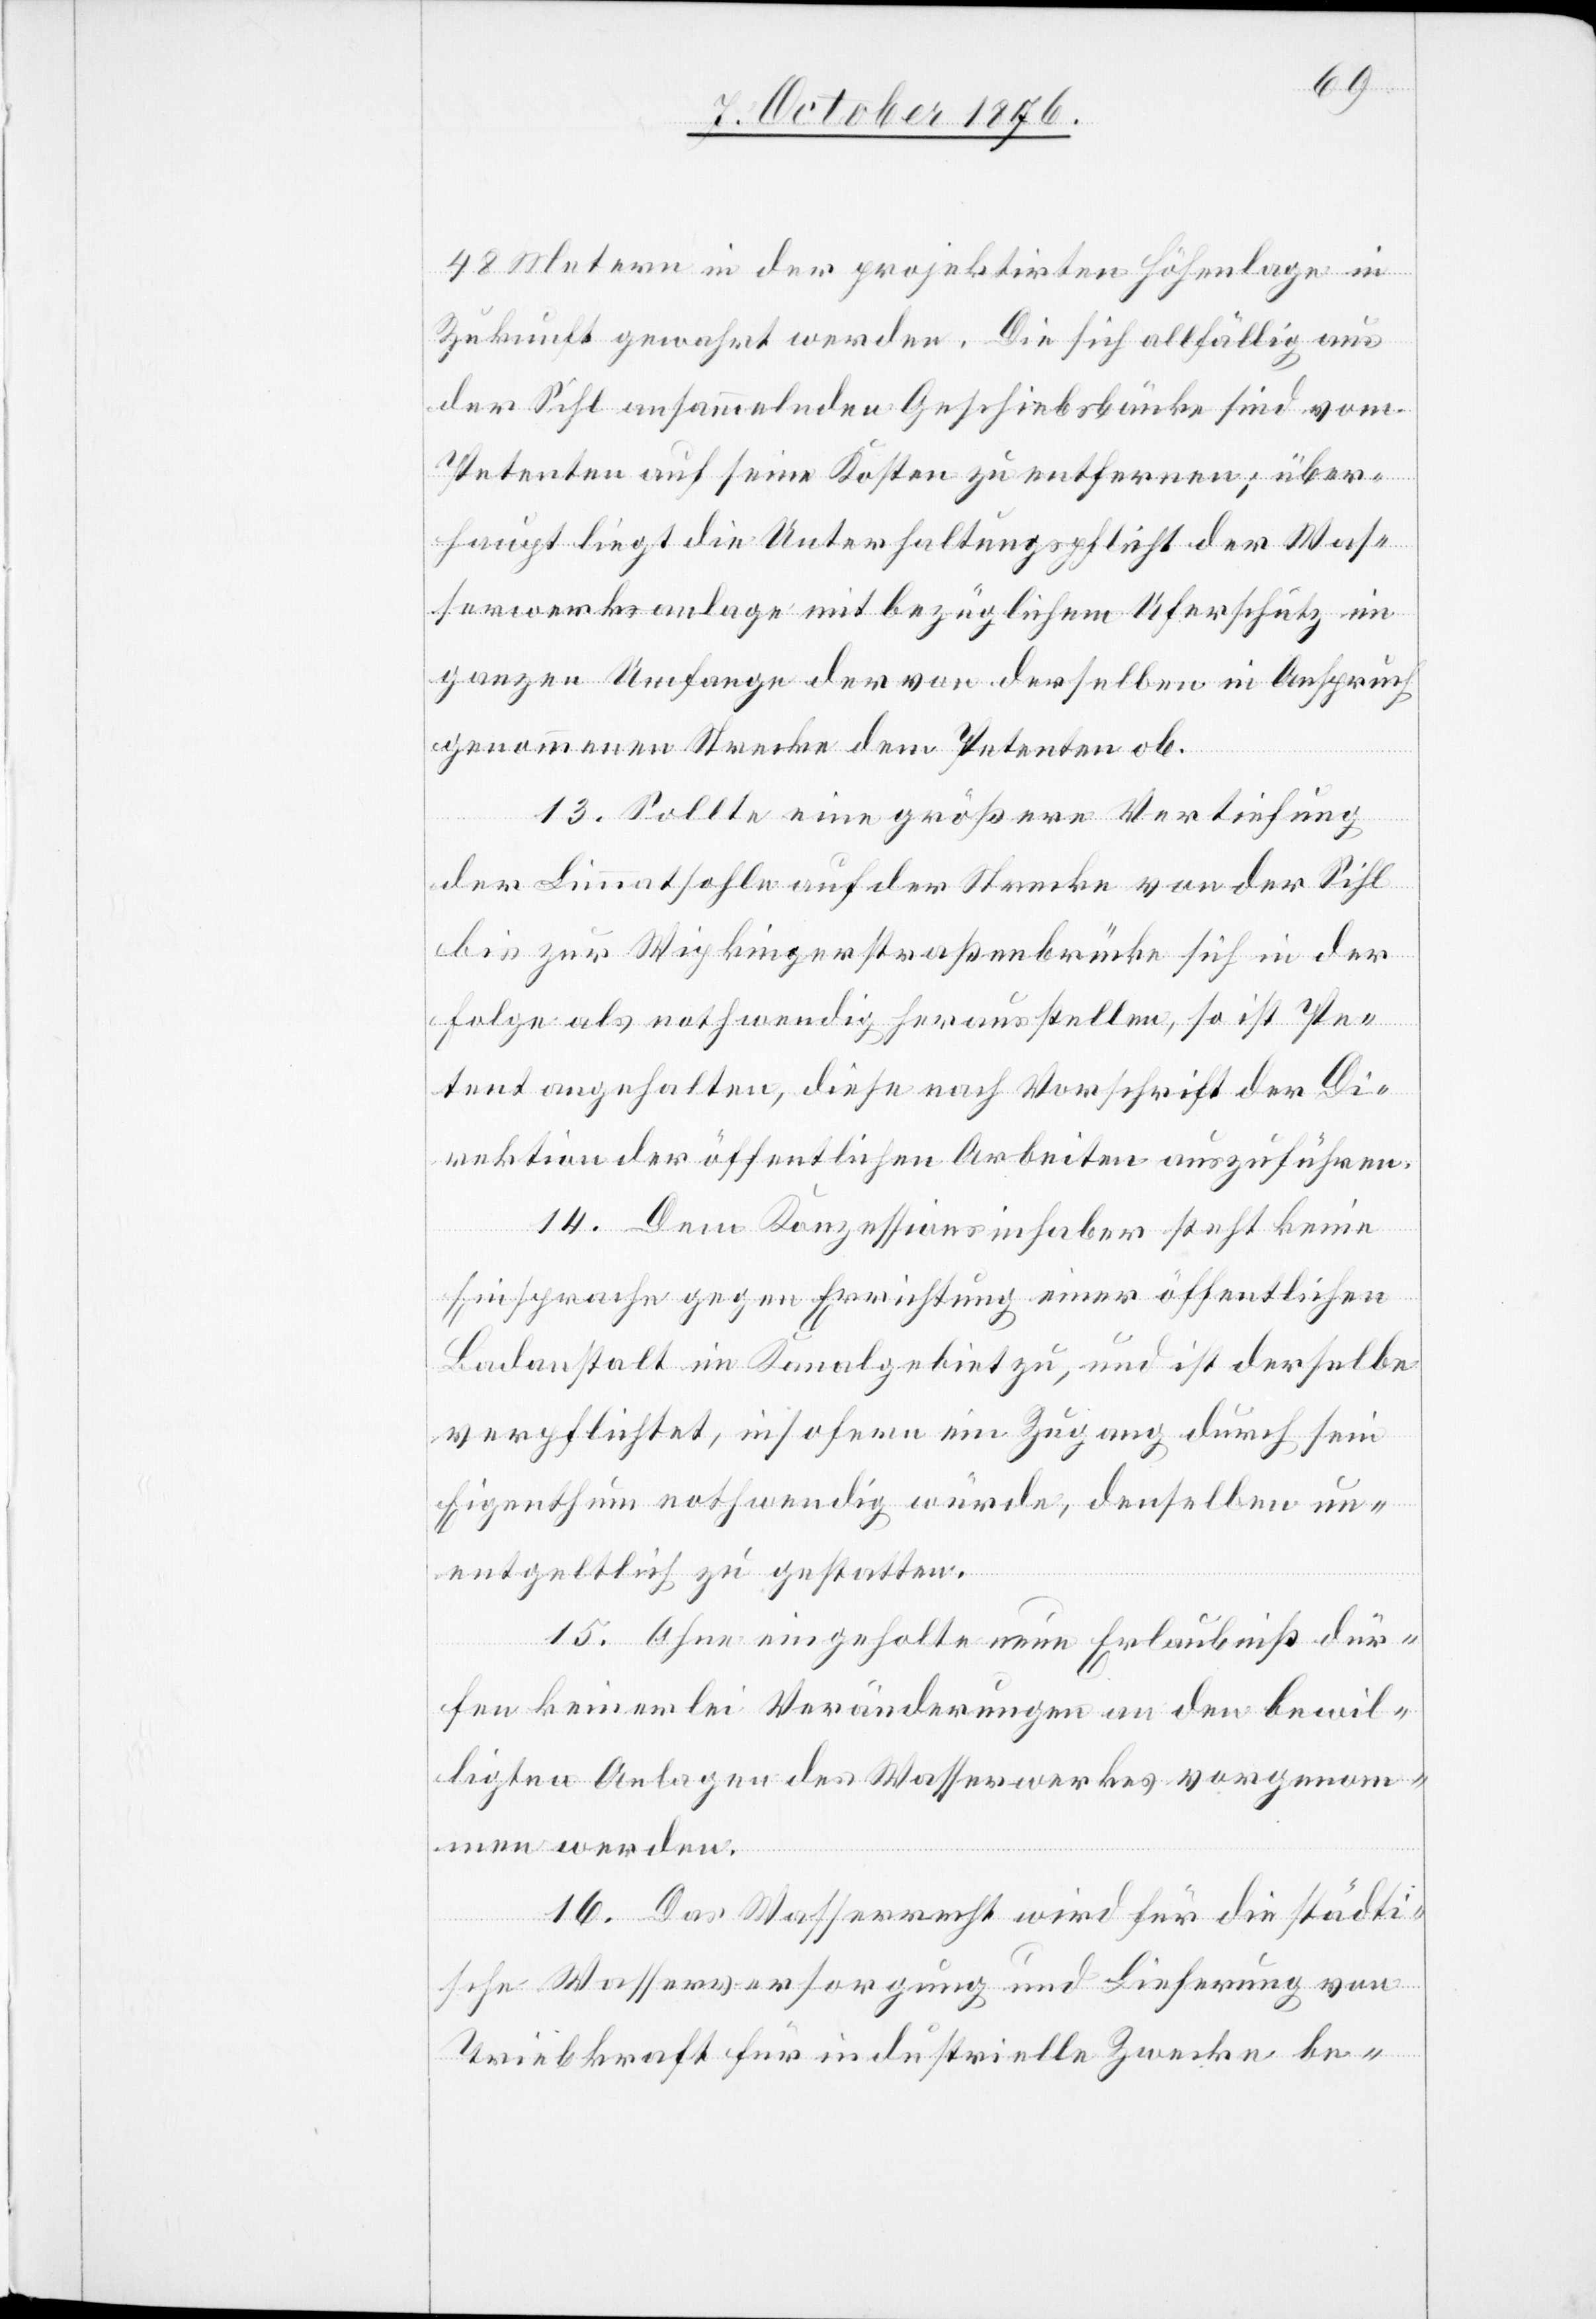
48 Metern in der projektirten Höhenlage in
Zukunft gewahrt werden. Die sich allfällig aus
der Sihl ansammelnden Geschiebsbänke sind vom
Petenten auf seine Kosten zu entfernen; über¬
haupt liegt die Unterhaltungspflicht der Was¬
serwerksanlage mit bezüglichem Uferschutz im
ganzen Umfange der von derselben in Anspruch
genommenen Strecke dem Petenten ob.
13. Sollte eine größere Vertiefung
der Limmatsohle auf der Strecke von der Sihl
bis zur Wipkingerstraßenbrücke sich in der
Folge als nothwendig herausstellen, so ist Pe¬
tent angehalten, diese nach Vorschrift der Di¬
rektion der öffentlichen Arbeiten auszuführen.
14. Dem Konzessionsinhaber steht keine
Einsprache gegen Errichtung einer öffentlichen
Badeanstalt im Kanalgebiet zu, und ist derselbe
verpflichtet, insofern ein Zugang durch sein
Eigenthum nothwendig würde, denselben un¬
entgeltlich zu gestatten.
15. Ohne eingeholte neue Erlaubniß dür¬
fen keinerlei Veränderungen an den bewil¬
ligten Anlagen des Wasserwerkes vorgenom¬
men werden.
16. Das Wasserrecht wird für die städti¬
sche Wasserversorgung und Lieferung von
Triebkraft für industrielle Zwecke be-